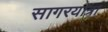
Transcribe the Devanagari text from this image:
सागरयात्रा